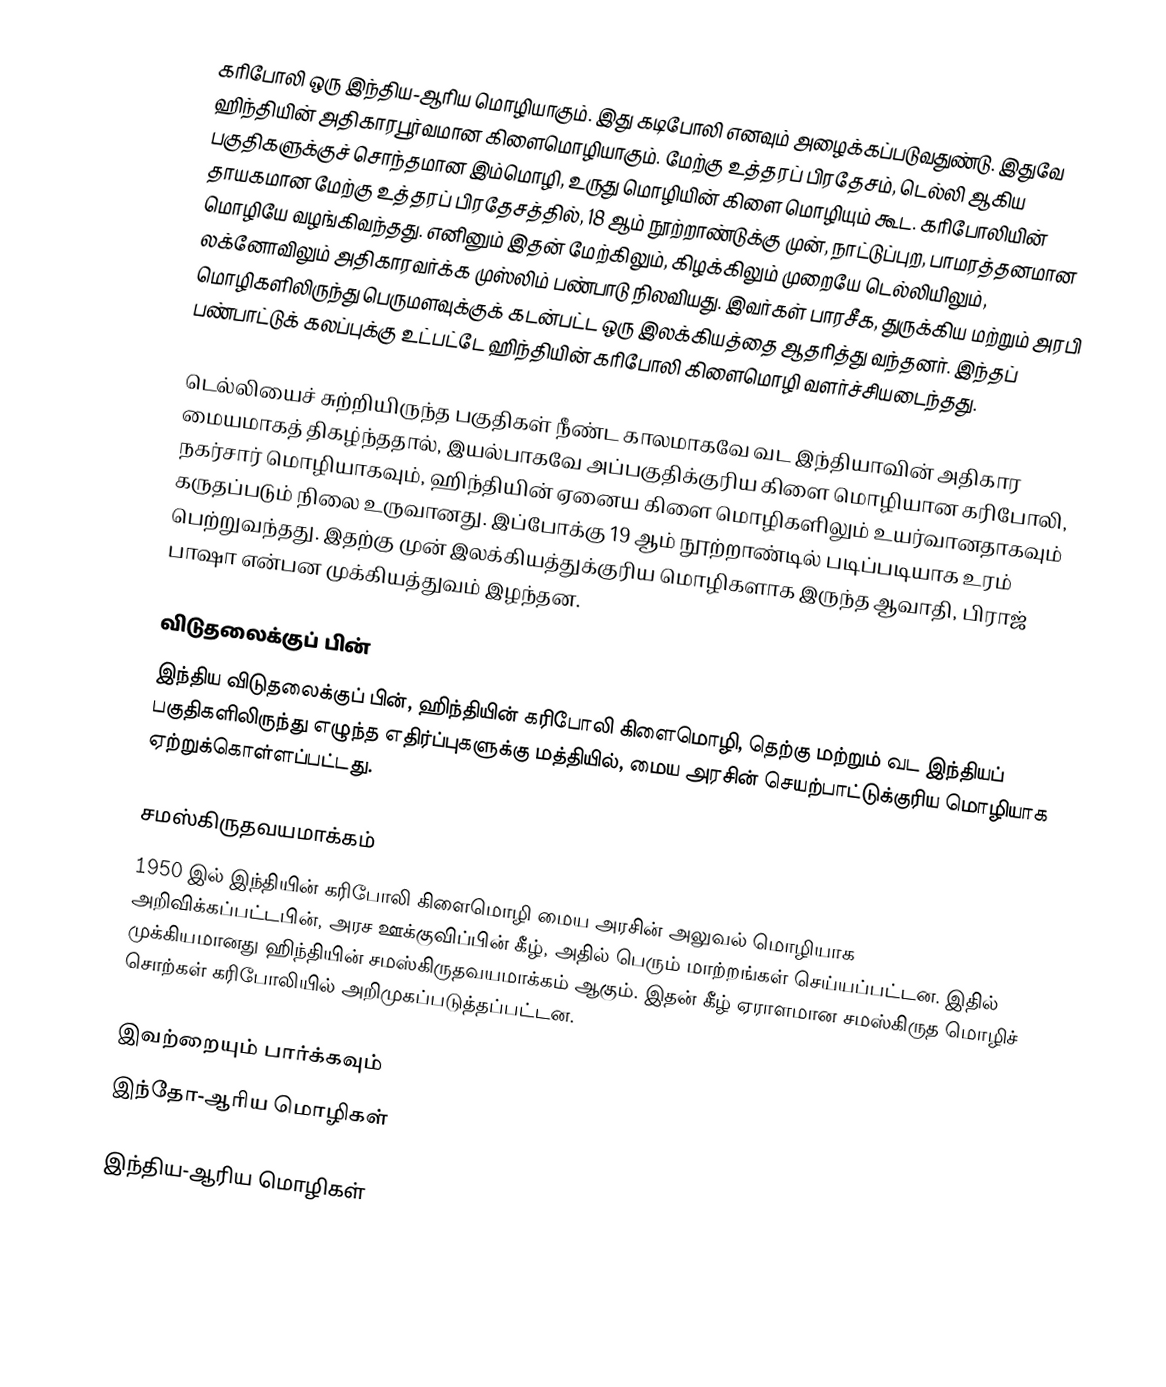
கரிபோலி ஒரு இந்திய-ஆரிய மொழியாகும். இது கடிபோலி எனவும் அழைக்கப்படுவதுண்டு. இதுவே ஹிந்தியின் அதிகாரபூர்வமான கிளைமொழியாகும். மேற்கு உத்தரப் பிரதேசம், டெல்லி ஆகிய பகுதிகளுக்குச் சொந்தமான இம்மொழி, உருது மொழியின் கிளை மொழியும் கூட. கரிபோலியின் தாயகமான மேற்கு உத்தரப் பிரதேசத்தில், 18 ஆம் நூற்றாண்டுக்கு முன், நாட்டுப்புற, பாமரத்தனமான மொழியே வழங்கிவந்தது. எனினும் இதன் மேற்கிலும், கிழக்கிலும் முறையே டெல்லியிலும், லக்னோவிலும் அதிகாரவர்க்க முஸ்லிம் பண்பாடு நிலவியது. இவர்கள் பாரசீக, துருக்கிய மற்றும் அரபி மொழிகளிலிருந்து பெருமளவுக்குக் கடன்பட்ட ஒரு இலக்கியத்தை ஆதரித்து வந்தனர். இந்தப் பண்பாட்டுக் கலப்புக்கு உட்பட்டே ஹிந்தியின் கரிபோலி கிளைமொழி வளர்ச்சியடைந்தது.

டெல்லியைச் சுற்றியிருந்த பகுதிகள் நீண்ட காலமாகவே வட இந்தியாவின் அதிகார மையமாகத் திகழ்ந்ததால், இயல்பாகவே அப்பகுதிக்குரிய கிளை மொழியான கரிபோலி, நகர்சார் மொழியாகவும், ஹிந்தியின் ஏனைய கிளை மொழிகளிலும் உயர்வானதாகவும் கருதப்படும் நிலை உருவானது. இப்போக்கு 19 ஆம் நூற்றாண்டில் படிப்படியாக உரம் பெற்றுவந்தது. இதற்கு முன் இலக்கியத்துக்குரிய மொழிகளாக இருந்த ஆவாதி, பிராஜ் பாஷா என்பன முக்கியத்துவம் இழந்தன.

விடுதலைக்குப் பின்
இந்திய விடுதலைக்குப் பின், ஹிந்தியின் கரிபோலி கிளைமொழி, தெற்கு மற்றும் வட இந்தியப் பகுதிகளிலிருந்து எழுந்த எதிர்ப்புகளுக்கு மத்தியில், மைய அரசின் செயற்பாட்டுக்குரிய மொழியாக ஏற்றுக்கொள்ளப்பட்டது.

சமஸ்கிருதவயமாக்கம்
1950 இல் இந்தியின் கரிபோலி கிளைமொழி மைய அரசின் அலுவல் மொழியாக அறிவிக்கப்பட்டபின், அரச ஊக்குவிப்பின் கீழ், அதில் பெரும் மாற்றங்கள் செய்யப்பட்டன. இதில் முக்கியமானது ஹிந்தியின் சமஸ்கிருதவயமாக்கம் ஆகும். இதன் கீழ் ஏராளமான சமஸ்கிருத மொழிச் சொற்கள் கரிபோலியில் அறிமுகப்படுத்தப்பட்டன.

இவற்றையும் பார்க்கவும்
 இந்தோ-ஆரிய மொழிகள்

இந்திய-ஆரிய மொழிகள்